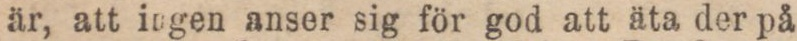
är, att ingen anser sig för god att äta der på